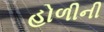
હોળીની